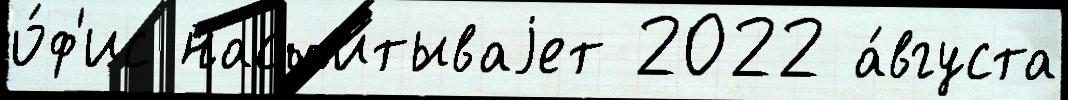
о́ф'ис насчи́тываjет 2022 а́вгуста